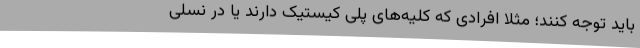
باید توجه کنند؛ مثلا افرادی که کلیه‌های پلی کیستیک دارند یا در نسلی